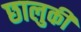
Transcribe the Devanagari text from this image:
छालुकी